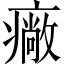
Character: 𤺲